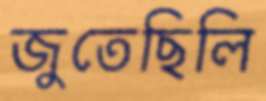
জুতেছিলি